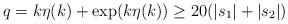
LaTeX: \begin{align*}q=k\eta(k)+\exp(k\eta(k))\geq 20(|s_1|+|s_2|)\end{align*}